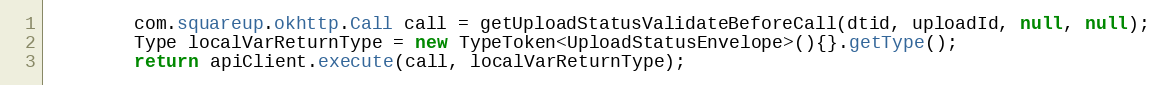
Language: Java
        com.squareup.okhttp.Call call = getUploadStatusValidateBeforeCall(dtid, uploadId, null, null);
        Type localVarReturnType = new TypeToken<UploadStatusEnvelope>(){}.getType();
        return apiClient.execute(call, localVarReturnType);